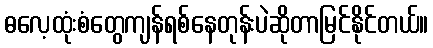
ဓလေ့ထုံးစံတွေကျန်ရစ်နေတုန်းပဲဆိုတာမြင်နိုင်တယ်။